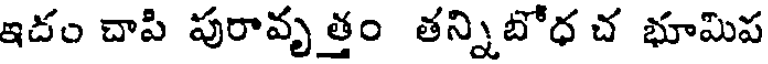
ఇదం చాపి పురావృత్తం తన్నిబోధ చ భూమిప